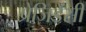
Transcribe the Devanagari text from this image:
प्रेजिडेंसी